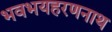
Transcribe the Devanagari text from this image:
भवभयहरणनाथ